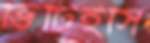
ভিটিইসি